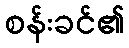
စန်းခင်၏